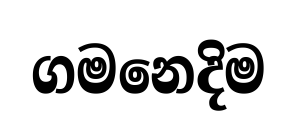
ගමනෙදිම